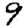
Digit: 9